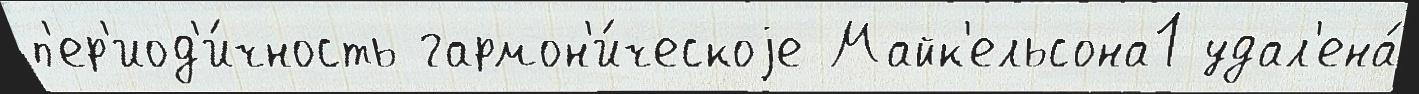
п'ер'иод'и́чность гармон'и́ческоjе Майк'ельсона1 удал'ена́